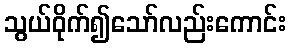
သွယ်ဝိုက်၍သော်လည်းကောင်း